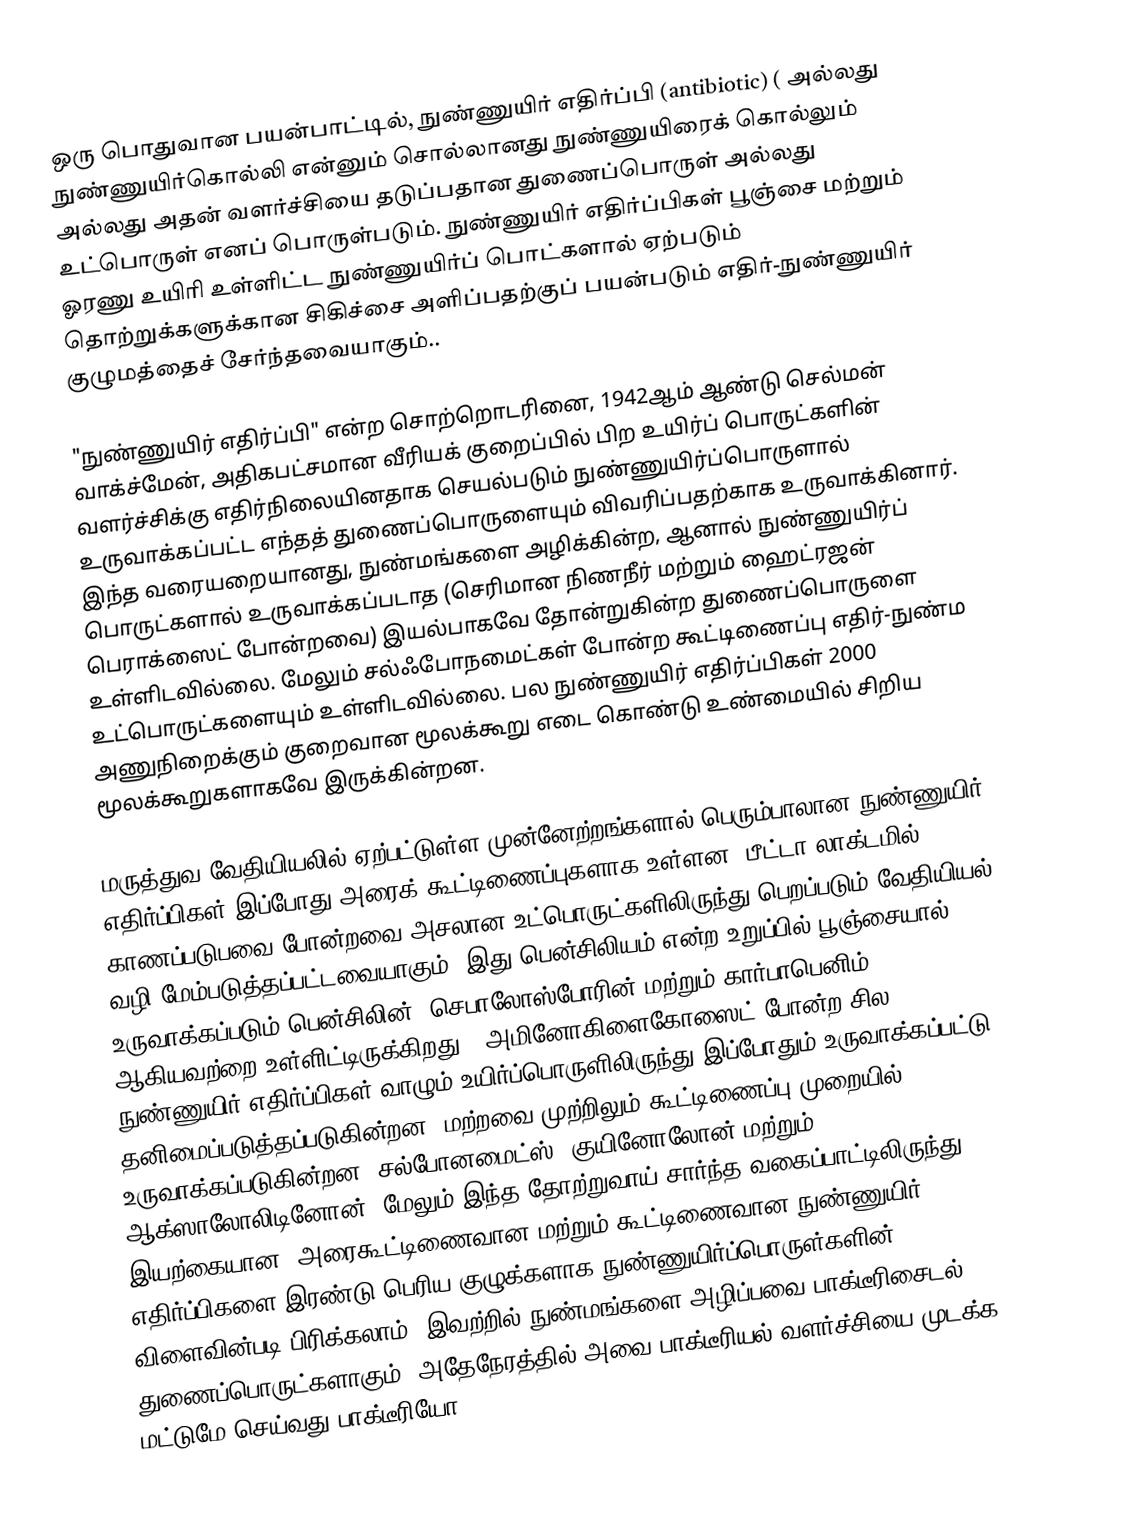
ஒரு பொதுவான பயன்பாட்டில், நுண்ணுயிர் எதிர்ப்பி (antibiotic) ( அல்லது நுண்ணுயிர்கொல்லி என்னும் சொல்லானது நுண்ணுயிரைக் கொல்லும் அல்லது அதன் வளர்ச்சியை தடுப்பதான துணைப்பொருள் அல்லது உட்பொருள் எனப் பொருள்படும். நுண்ணுயிர் எதிர்ப்பிகள் பூஞ்சை மற்றும் ஓரணு உயிரி உள்ளிட்ட நுண்ணுயிர்ப் பொட்களால் ஏற்படும் தொற்றுக்களுக்கான சிகிச்சை அளிப்பதற்குப் பயன்படும் எதிர்-நுண்ணுயிர் குழுமத்தைச் சேர்ந்தவையாகும்..

"நுண்ணுயிர் எதிர்ப்பி" என்ற சொற்றொடரினை, 1942ஆம் ஆண்டு செல்மன் வாக்ச்மேன், அதிகபட்சமான வீரியக் குறைப்பில் பிற உயிர்ப் பொருட்களின் வளர்ச்சிக்கு எதிர்நிலையினதாக செயல்படும் நுண்ணுயிர்ப்பொருளால் உருவாக்கப்பட்ட எந்தத் துணைப்பொருளையும் விவரிப்பதற்காக உருவாக்கினார். இந்த வரையறையானது, நுண்மங்களை அழிக்கின்ற, ஆனால் நுண்ணுயிர்ப் பொருட்களால் உருவாக்கப்படாத (செரிமான நிணநீர் மற்றும் ஹைட்ரஜன் பெராக்ஸைட் போன்றவை) இயல்பாகவே தோன்றுகின்ற துணைப்பொருளை உள்ளிடவில்லை. மேலும் சல்ஃபோநமைட்கள் போன்ற கூட்டிணைப்பு எதிர்-நுண்ம உட்பொருட்களையும் உள்ளிடவில்லை. பல நுண்ணுயிர் எதிர்ப்பிகள் 2000 அணுநிறைக்கும் குறைவான மூலக்கூறு எடை கொண்டு உண்மையில் சிறிய மூலக்கூறுகளாகவே இருக்கின்றன.

மருத்துவ வேதியியலில் ஏற்பட்டுள்ள முன்னேற்றங்களால் பெரும்பாலான நுண்ணுயிர் எதிர்ப்பிகள் இப்போது அரைக் கூட்டிணைப்புகளாக உள்ளன. பீட்டா-லாக்டமில் காணப்படுபவை போன்றவை அசலான உட்பொருட்களிலிருந்து பெறப்படும் வேதியியல் வழி மேம்படுத்தப்பட்டவையாகும் (இது பென்சிலியம் என்ற உறுப்பில் பூஞ்சையால் உருவாக்கப்படும் பென்சிலின், செபாலோஸ்போரின் மற்றும் கார்பாபெனிம் ஆகியவற்றை உள்ளிட்டிருக்கிறது). அமினோகிளைகோஸைட் போன்ற சில நுண்ணுயிர் எதிர்ப்பிகள் வாழும் உயிர்ப்பொருளிலிருந்து இப்போதும் உருவாக்கப்பட்டு தனிமைப்படுத்தப்படுகின்றன; மற்றவை முற்றிலும் கூட்டிணைப்பு முறையில் உருவாக்கப்படுகின்றன. சல்போனமைட்ஸ், குயினோலோன் மற்றும் ஆக்ஸாலோலிடினோன். மேலும் இந்த தோற்றுவாய்-சார்ந்த வகைப்பாட்டிலிருந்து இயற்கையான, அரைகூட்டிணைவான மற்றும் கூட்டிணைவான நுண்ணுயிர் எதிர்ப்பிகளை இரண்டு பெரிய குழுக்களாக நுண்ணுயிர்ப்பொருள்களின் விளைவின்படி பிரிக்கலாம். இவற்றில் நுண்மங்களை அழிப்பவை பாக்டீரிசைடல் துணைப்பொருட்களாகும், அதேநேரத்தில் அவை பாக்டீரியல் வளர்ச்சியை முடக்க மட்டுமே செய்வது பாக்டீரியோ